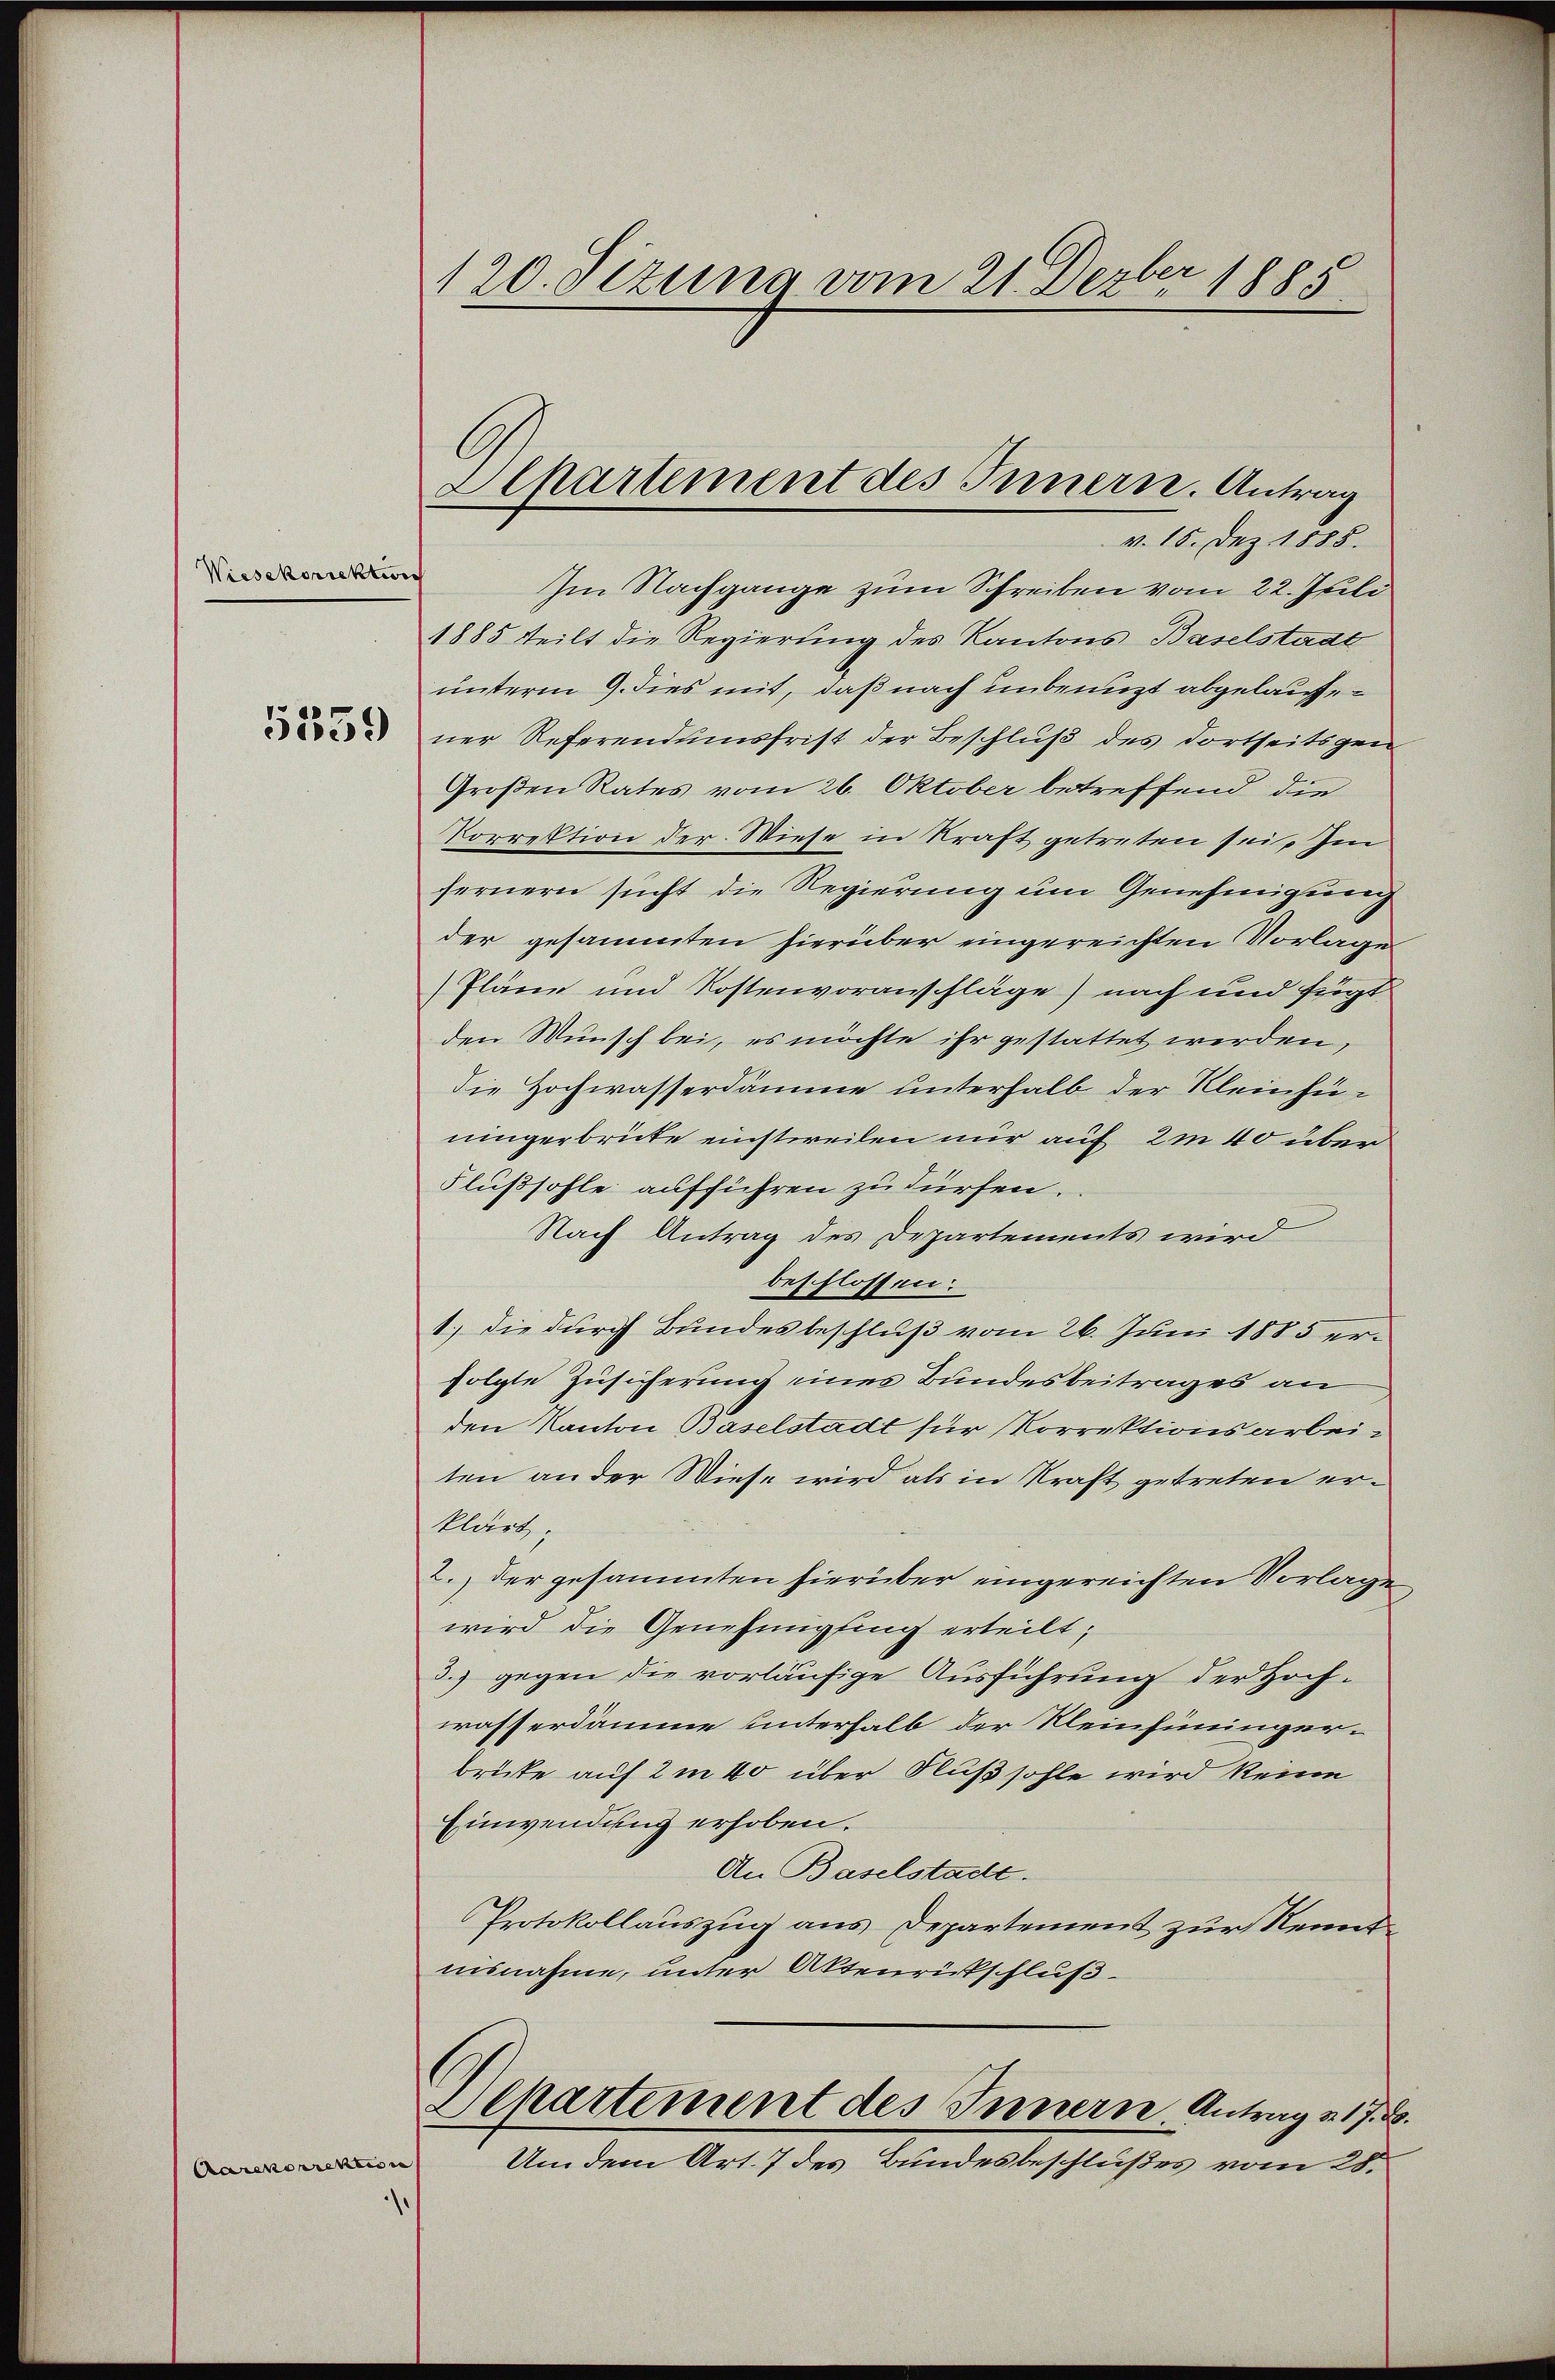
Wiesekorrektur

5339

Aarenorrektion

120. Sizung vom 21. Dezber 1885.

v. 15. Dez. 1888.
Im Nachgange zum Schreiben vom 22. Juli
1885 teilt die Regierung des Kantons Baselstadt
unterm 9. dies mit, daß nach unbenuzt abgelaufner Referendumsfrist der Beschluß des dortseitsgen
Großen Rates vom 26. Oktober betreffend die
Vorrektion der Wiese in Kraft getreten sei. Im
fernern sucht die Regierung um Genehmigung
der gesammten hierüber eingereichten Vorlage
Pläne und Kostenvoranschläge) nach und fügt
den Wunsch bei, es möchte ihr gestattet werden,
die Hochwasserdämme unterhalb der Kleinhüningerbrüte einstweilen nur auf 2m 40 über
Flußsohle aufführen zu dürfen.
Nach Antrag des Departements wird
beschlossen:
1.) die durch Bundesbeschluß vom 26. Juni 1885 erfolgte Zusicherung eines Bundesbeitrages an
den Kanton Baselstadt für Korrektionsarbeiten an der Wiese wird als in Kraft getreten erklärt,
2.) der gesammten hierüber eingereichten Vorlage
wird die Genehmigung erteilt;
3.) gegen die vorläufige Ausführung der Hochwasserdämme unterhalb der Reinhüningerbrüte auf 2 in 40 über Flußsohle wird keine
Einwendung erhoben.
An Baselstadt.
Protokollauszug aus Departement zur Kenntiisnahme, unter Aktenritschluß
Departement des Innern Antrag u. 17. B.
Um dem Art. 7 des Bundesbeschlußes vom 28.
e

Apartement des Innern. Antrag